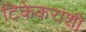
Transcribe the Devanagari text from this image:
टिकेकरांशी